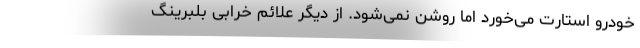
خودرو استارت می‌خورد اما روشن نمی‌شود. از دیگر علائم خرابی بلبرینگ